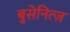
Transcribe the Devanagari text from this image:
बुसेनित्ज़